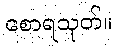
စောရသုတ်။